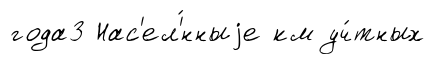
года3 Нас'ел'́нныjе км уч́тных